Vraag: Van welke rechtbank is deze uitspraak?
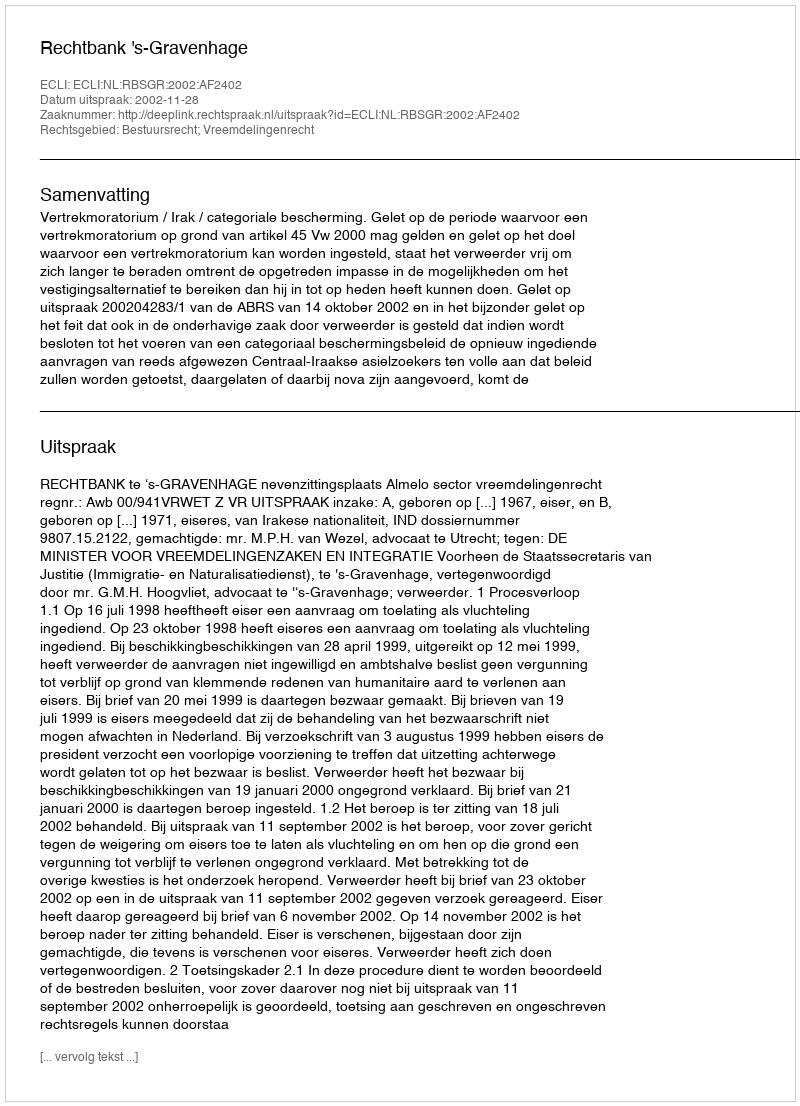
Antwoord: Rechtbank 's-Gravenhage